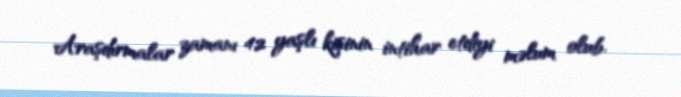
Araşdırmalar zamanı 42 yaşlı kişinin intihar etdiyi məlum olub.